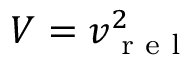
V = v _ { \textrm { r e l } } ^ { 2 }